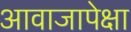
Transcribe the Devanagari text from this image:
आवाजापेक्षा